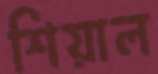
শিয়াল